画像に写った文字を読んでください
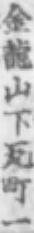
「金龍山下瓦町一」と書いてあります